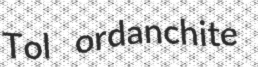
Tol ordanchite